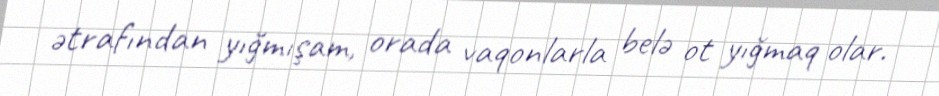
ətrafından yığmışam, orada vaqonlarla belə ot yığmaq olar.